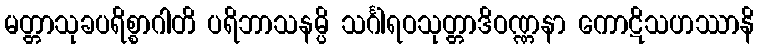
မတ္တာသုခပရိစ္စာဂါတိ ပရိဘာသနမ္ပိ သင်္ဂါရဝသုတ္တာဒိဝဏ္ဏနာ ကောဋိသဟဿာနိ